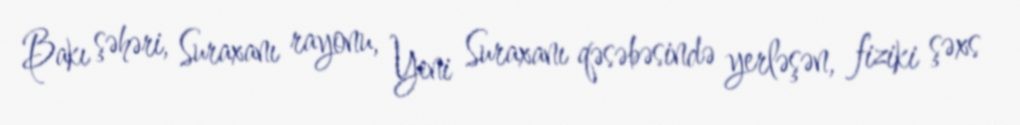
Bakı şəhəri, Suraxanı rayonu, Yeni Suraxanı qəsəbəsində yerləşən, fiziki şəxs